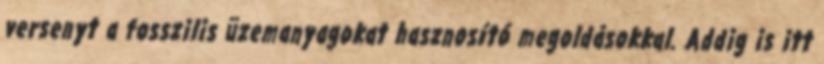
versenyt a fosszilis üzemanyagokat hasznosító megoldásokkal. Addig is itt